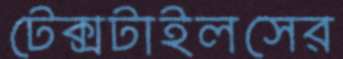
টেক্সটাইলসের